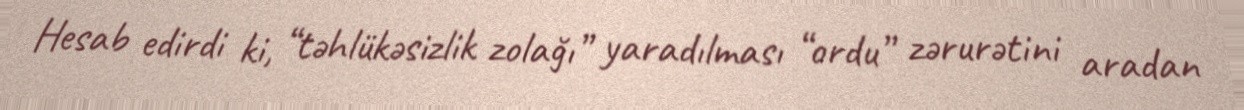
Hesab edirdi ki, “təhlükəsizlik zolağı” yaradılması “ordu” zərurətini aradan